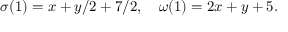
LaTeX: \sigma ( 1 ) = x + y / 2 + 7 / 2 , \quad \omega ( 1 ) = 2 x + y + 5 .